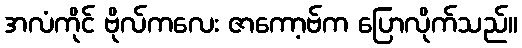
အလံကိုင် ဗိုလ်ကလေး ဇာကော့ဗ်က ပြောလိုက်သည်။